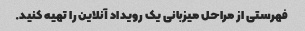
فهرستی از مراحل میزبانی یک رویداد آنلاین را تهیه کنید.